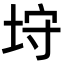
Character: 垨